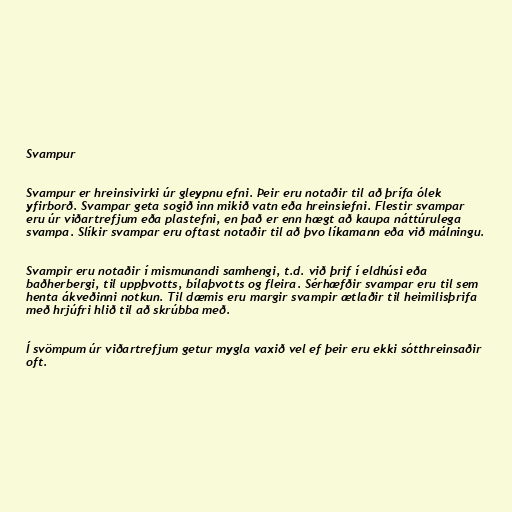
Svampur

Svampur er hreinsivirki úr gleypnu efni. Þeir eru notaðir til að þrífa ólek
yfirborð. Svampar geta sogið inn mikið vatn eða hreinsiefni. Flestir svampar
eru úr viðartrefjum eða plastefni, en það er enn hægt að kaupa náttúrulega
svampa. Slíkir svampar eru oftast notaðir til að þvo líkamann eða við málningu.

Svampir eru notaðir í mismunandi samhengi, t.d. við þrif í eldhúsi eða
baðherbergi, til uppþvotts, bílaþvotts og fleira. Sérhæfðir svampar eru til sem
henta ákveðinni notkun. Til dæmis eru margir svampir ætlaðir til heimilisþrifa
með hrjúfri hlið til að skrúbba með.

Í svömpum úr viðartrefjum getur mygla vaxið vel ef þeir eru ekki sótthreinsaðir
oft.